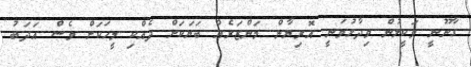
ގާނޫނީ ވަކީލުން ވިދާޅުވަނީ އޮރިޔާން މަންޒަރެއް ބަޔަކަށް ދެއްކި މީހަކަށް ވެސް އަދަބު